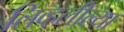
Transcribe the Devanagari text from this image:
लिव्हलील्या